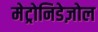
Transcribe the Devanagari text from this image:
मेट्रोनिडेज़ोल